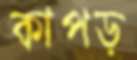
কাপড়